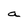
Character: a